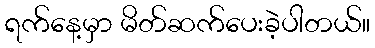
ရက်နေ့မှာ မိတ်ဆက်ပေးခဲ့ပါတယ်။